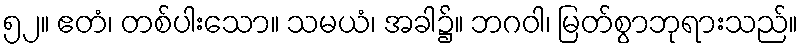
၅၂။ ဧတံ၊ တစ်ပါးသော။ သမယံ၊ အခါ၌။ ဘဂဝါ၊ မြတ်စွာဘုရားသည်။